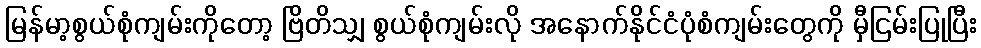
မြန်မာ့စွယ်စုံကျမ်းကိုတော့ ဗြိတိသျှ စွယ်စုံကျမ်းလို အနောက်နိုင်ငံပုံစံကျမ်းတွေကို မှီငြမ်းပြုပြီး